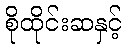
စိုထိုင်းဆနှင့်